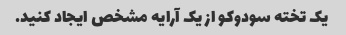
یک تخته سودوکو از یک آرایه مشخص ایجاد کنید.